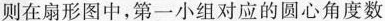
则在扇形图中，第一小组对应的圆心角度数